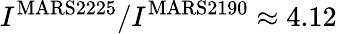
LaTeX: I^{\mathrm{MARS2225}}/I^{\mathrm{MARS2190}}\approx 4.12